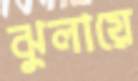
ঝুলায়ে